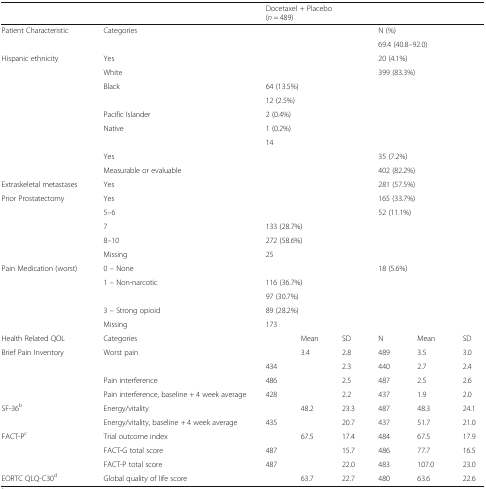
<table><thead><tr><td>[EMPTY_CELL]</td><td>[EMPTY_CELL]</td><td colspan="3"><b>Docetaxel + Placebo(<i>n</i> = 489)</b></td><td colspan="3">[EMPTY_CELL]</td></tr></thead><tbody><tr><td>Patient Characteristic</td><td>Categories</td><td colspan="3">[EMPTY_CELL]</td><td colspan="3">N (%)</td></tr><tr><td>[EMPTY_CELL]</td><td>[EMPTY_CELL]</td><td colspan="3">[EMPTY_CELL]</td><td colspan="3">69.4 (40.8–92.0)</td></tr><tr><td>Hispanic ethnicity</td><td>Yes</td><td colspan="3">[EMPTY_CELL]</td><td colspan="3">20 (4.1%)</td></tr><tr><td rowspan="6">[EMPTY_CELL]</td><td>White</td><td colspan="3">[EMPTY_CELL]</td><td colspan="3">399 (83.3%)</td></tr><tr><td>Black</td><td colspan="3">64 (13.5%)</td><td colspan="3">[EMPTY_CELL]</td></tr><tr><td>[EMPTY_CELL]</td><td colspan="3">12 (2.5%)</td><td colspan="3">[EMPTY_CELL]</td></tr><tr><td>Pacific Islander</td><td colspan="3">2 (0.4%)</td><td colspan="3">[EMPTY_CELL]</td></tr><tr><td>Native</td><td colspan="3">1 (0.2%)</td><td colspan="3">[EMPTY_CELL]</td></tr><tr><td>[EMPTY_CELL]</td><td colspan="3">14</td><td colspan="3">[EMPTY_CELL]</td></tr><tr><td>[EMPTY_CELL]</td><td>Yes</td><td colspan="3">[EMPTY_CELL]</td><td colspan="3">35 (7.2%)</td></tr><tr><td>[EMPTY_CELL]</td><td>Measurable or evaluable</td><td colspan="3">[EMPTY_CELL]</td><td colspan="3">402 (82.2%)</td></tr><tr><td>Extraskeletal metastases</td><td>Yes</td><td colspan="3">[EMPTY_CELL]</td><td colspan="3">281 (57.5%)</td></tr><tr><td>Prior Prostatectomy</td><td>Yes</td><td colspan="3">[EMPTY_CELL]</td><td colspan="3">165 (33.7%)</td></tr><tr><td rowspan="4">[EMPTY_CELL]</td><td>5–6</td><td colspan="3">[EMPTY_CELL]</td><td colspan="3">52 (11.1%)</td></tr><tr><td>7</td><td colspan="3">133 (28.7%)</td><td colspan="3">[EMPTY_CELL]</td></tr><tr><td>8–10</td><td colspan="3">272 (58.6%)</td><td colspan="3">[EMPTY_CELL]</td></tr><tr><td>Missing</td><td colspan="3">25</td><td colspan="3">[EMPTY_CELL]</td></tr><tr><td rowspan="5">Pain Medication (worst)</td><td>0 – None</td><td colspan="3">[EMPTY_CELL]</td><td colspan="3">18 (5.6%)</td></tr><tr><td>1 – Non-narcotic</td><td colspan="3">116 (36.7%)</td><td colspan="3">[EMPTY_CELL]</td></tr><tr><td>[EMPTY_CELL]</td><td colspan="3">97 (30.7%)</td><td colspan="3">[EMPTY_CELL]</td></tr><tr><td>3 – Strong opioid</td><td colspan="3">89 (28.2%)</td><td colspan="3">[EMPTY_CELL]</td></tr><tr><td>Missing</td><td colspan="3">173</td><td colspan="3">[EMPTY_CELL]</td></tr><tr><td>Health Related QOL</td><td>Categories</td><td>[EMPTY_CELL]</td><td>Mean</td><td>SD</td><td>N</td><td>Mean</td><td>SD</td></tr><tr><td rowspan="4">Brief Pain Inventory</td><td>Worst pain</td><td>[EMPTY_CELL]</td><td>3.4</td><td>2.8</td><td>489</td><td>3.5</td><td>3.0</td></tr><tr><td>[EMPTY_CELL]</td><td>434</td><td>[EMPTY_CELL]</td><td>2.3</td><td>440</td><td>2.7</td><td>2.4</td></tr><tr><td>Pain interference</td><td>486</td><td>[EMPTY_CELL]</td><td>2.5</td><td>487</td><td>2.5</td><td>2.6</td></tr><tr><td>Pain interference, baseline + 4 week average</td><td>428</td><td>[EMPTY_CELL]</td><td>2.2</td><td>437</td><td>1.9</td><td>2.0</td></tr><tr><td rowspan="2">SF-36<sup>b</sup></td><td>Energy/vitality</td><td>[EMPTY_CELL]</td><td>48.2</td><td>23.3</td><td>487</td><td>48.3</td><td>24.1</td></tr><tr><td>Energy/vitality, baseline + 4 week average</td><td>435</td><td>[EMPTY_CELL]</td><td>20.7</td><td>437</td><td>51.7</td><td>21.0</td></tr><tr><td rowspan="3">FACT-P<sup>c</sup></td><td>Trial outcome index</td><td>[EMPTY_CELL]</td><td>67.5</td><td>17.4</td><td>484</td><td>67.5</td><td>17.9</td></tr><tr><td>FACT-G total score</td><td>487</td><td>[EMPTY_CELL]</td><td>15.7</td><td>486</td><td>77.7</td><td>16.5</td></tr><tr><td>FACT-P total score</td><td>487</td><td>[EMPTY_CELL]</td><td>22.0</td><td>483</td><td>107.0</td><td>23.0</td></tr><tr><td>EORTC QLQ-C30<sup>d</sup></td><td>Global quality of life score</td><td>[EMPTY_CELL]</td><td>63.7</td><td>22.7</td><td>480</td><td>63.6</td><td>22.6</td></tr></tbody></table>